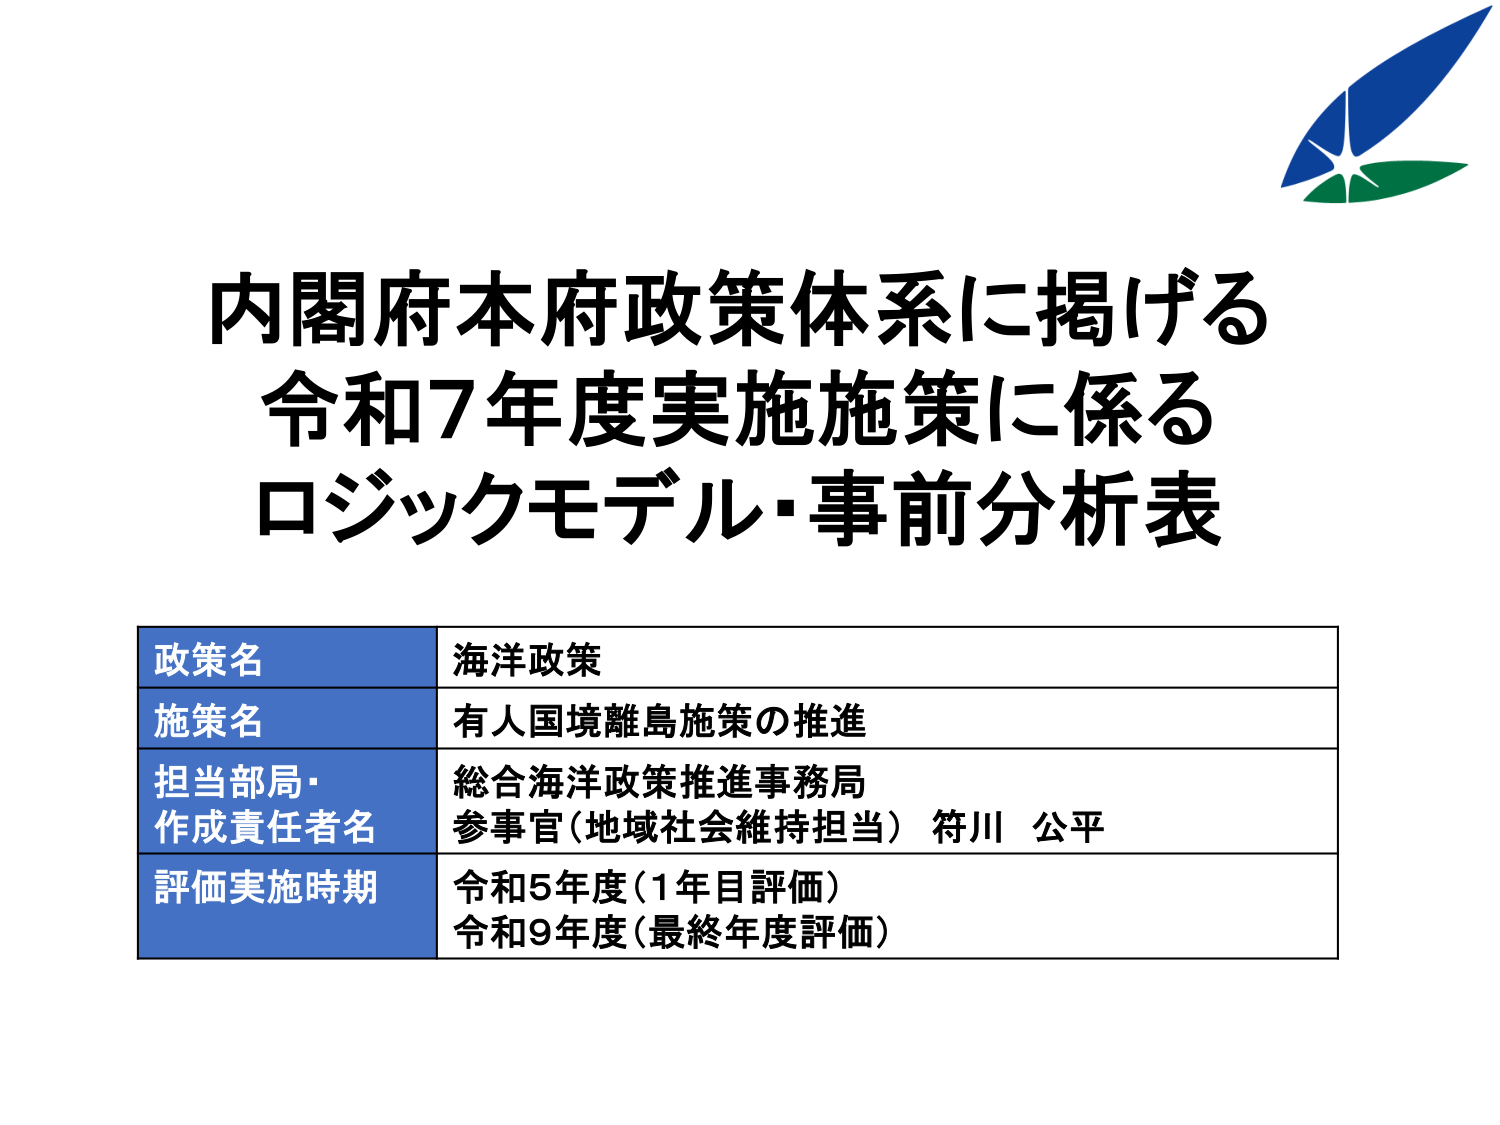
内閣府本府政策体系に掲げる
令和7年度実施施策に係る
ロジックモデル・事前分析表

政策名　海洋政策
施策名　有人国境離島施策の推進
担当部局・作成責任者名　総合海洋政策推進事務局
参事官（地域社会維持担当） 符川 公平
評価実施時期　令和5年度（1年目評価）
令和9年度（最終年度評価）